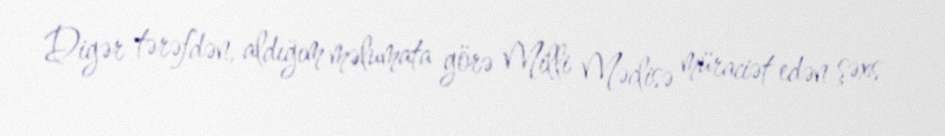
Digər tərəfdən, aldığım məlumata görə Milli Məclisə müraciət edən şəxs